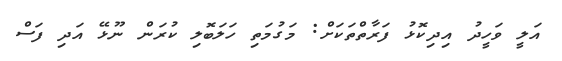
އަލީ ވަހީދު އިދިކޮޅު ފަރާތްތަކަށް: މަގުމަތި ހަލަބޮލި ކުރަން ނޫޅޭ އަދި ފަސް